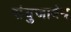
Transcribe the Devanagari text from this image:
संयुजाबंध